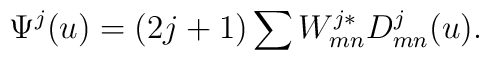
\Psi ^{j}(u) = (2j+1)\sum  W^{j *}_{mn}D^{j}_{mn}(u).